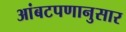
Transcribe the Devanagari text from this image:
आंबटपणानुसार